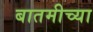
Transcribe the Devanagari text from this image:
बातमीच्या